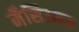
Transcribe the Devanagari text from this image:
मैसिउनस